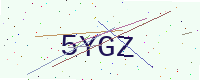
Text: 5YGZ